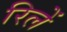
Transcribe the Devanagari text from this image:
रिलें